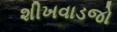
શીખવાડજો